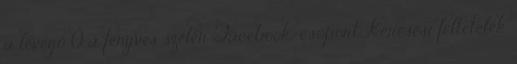
a levegő Ő a fenyves szélén Facebook-csoport Keresési feltételek